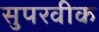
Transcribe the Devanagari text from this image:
सुपरवीक